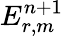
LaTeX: E_{r,m}^{n+1}